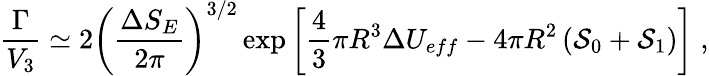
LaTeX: \frac{\Gamma}{V_{3}}\simeq 2\left(\frac{\Delta S_{E}}{2\pi}\right)^{3/2}\exp\left[\frac{4}{3}\pi R^{3}\Delta U_{eff}-4\pi R^{2}\left({\cal S}_{0}+{\cal S}_{1}\right)\right]\; ,